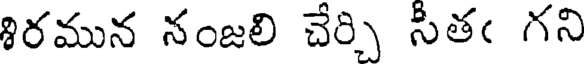
శిరమున నంజలి చేర్చి సీతఁ గని